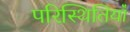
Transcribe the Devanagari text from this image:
परिस्थितियॉं